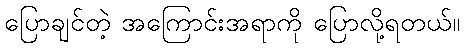
ပြောချင်တဲ့ အကြောင်းအရာကို ပြောလို့ရတယ်။